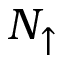
N _ { \uparrow }